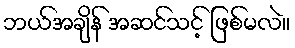
ဘယ်အချိန် အဆင်သင့် ဖြစ်မလဲ။